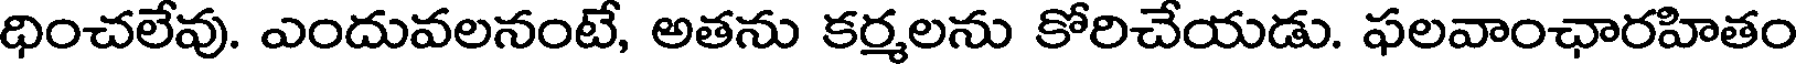
ధించలేవు. ఎందువలనంటే, అతను కర్మలను కోరిచేయడు. ఫలవాంఛారహితం